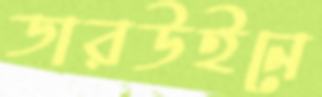
ডারউইনে